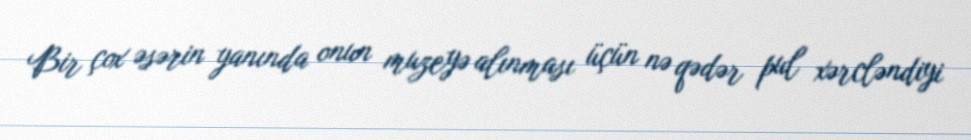
Bir çox əsərin yanında onun muzeyə alınması üçün nə qədər pul xərcləndiyi